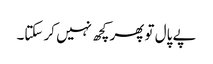
پے پال تو پھر کچھ نہیں کر سکتا۔